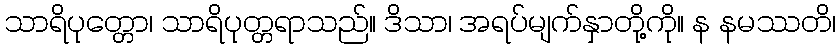
သာရိပုတ္တော၊ သာရိပုတ္တရာသည်။ ဒိသာ၊ အရပ်မျက်နှာတို့ကို။ န နမဿတိ၊